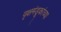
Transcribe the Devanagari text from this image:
वृक्षमंडूकांच्या